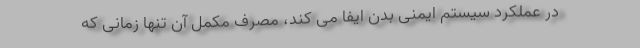
در عملکرد سیستم ایمنی بدن ایفا می کند، مصرف مکمل آن تنها زمانی که